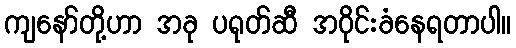
ကျနော်တို့ဟာ အခု ပရုတ်ဆီ အဝိုင်းခံနေရတာပါ။